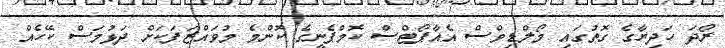
ރޯދަ ހަދިޔާގެ ގޮތުގައި މޯލްޑިވްސް އެއާޕޯޓްސް ކޮމްޕެނީގެ ކޮންމެ މުވައްޒަފަކަށް ދަޅުމަސް ކޭހެއް